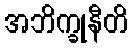
အဘိက္ခုနီတိ